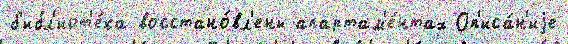
б'ибл'иот'е́ка восстано́вл'ены апартам'е́нтах Оп'иса́н'иjе